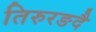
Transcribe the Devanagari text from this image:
तिरुरङदै